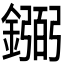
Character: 𫓎